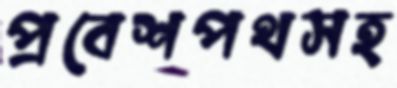
প্রবেশপথসহ